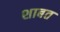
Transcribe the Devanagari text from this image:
शाबत